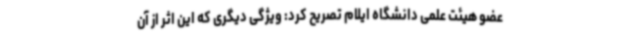
عضو هیئت علمی دانشگاه ایلام تصریح کرد: ویژگی دیگری که این اثر از آن